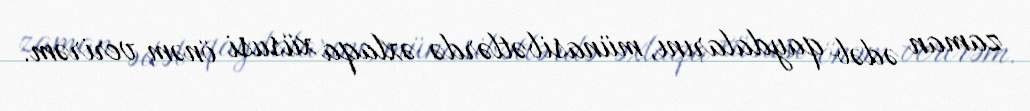
zaman ədəb qaydalarını, münasibətlərdə əxlaqa xüsusi önəm verirəm.